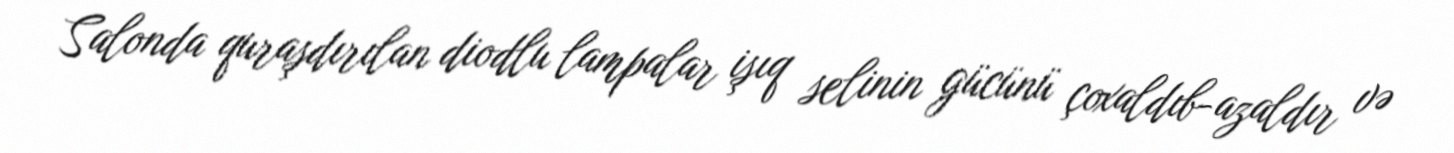
Salonda quraşdırılan diodlu lampalar işıq selinin gücünü çoxaldıb-azaldır və